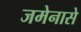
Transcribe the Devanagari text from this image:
जमेनासे